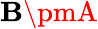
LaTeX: \mathbf{B}\pmA